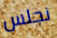
نجلس